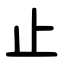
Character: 止